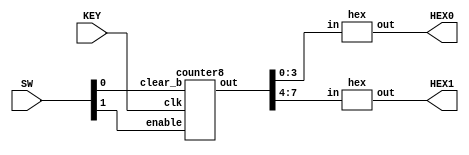
module counter(SW, KEY, HEX0, HEX1);
	input [1:0] SW;
	input [0:0] KEY;
	output [6:0] HEX0, HEX1;
	
	wire [3:0] h0, h1;
	
	counter8 c(SW[1], KEY[0], SW[0], {h1, h0});
	
	hex hex0(h0, HEX0);
	hex hex1(h1, HEX1);

endmodule

module counter8(enable, clk, clear_b, out);
	input enable, clk, clear_b;
	output [7:0] out;
	
	wire w0, w1, w2, w3, w4, w5, w6;
	assign w0 = enable & out[0];
	assign w1 = w0 & out[1];
	assign w2 = w1 & out[2];
	assign w3 = w2 & out[3];
	assign w4 = w3 & out[4];
	assign w5 = w4 & out[5];
	assign w6 = w5 & out[6];
	
	t_ff t0(enable, clk, clear_b, out[0]);
	t_ff t1(w0, clk, clear_b, out[1]);
	t_ff t2(w1, clk, clear_b, out[2]);
	t_ff t3(w2, clk, clear_b, out[3]);
	t_ff t4(w3, clk, clear_b, out[4]);
	t_ff t5(w4, clk, clear_b, out[5]);
	t_ff t6(w5, clk, clear_b, out[6]);
	t_ff t7(w6, clk, clear_b, out[7]);
	

endmodule

module t_ff(in, clk, clear_b, out);
	input clk, clear_b, in;
	output reg out;
	always @(posedge clk, negedge clear_b)
	begin
		if (clear_b == 1'b0)
			out <= 1'b0;
		else if (in == 1'b1)
			out <= ~out;
	end
endmodule






// HEX

module hex(in,out);
	input [3:0] in;
	output [6:0] out;
	
	zero m1(
		.a(in[0]),
		.b(in[1]),
		.c(in[2]),
		.d(in[3]),
		.m(out[0])
		);
	one m2(
		.a(in[0]),
		.b(in[1]),
		.c(in[2]),
		.d(in[3]),
		.m(out[1])
		);
	two m3(
		.a(in[0]),
		.b(in[1]),
		.c(in[2]),
		.d(in[3]),
		.m(out[2])
		);
	three m4(
		.a(in[0]),
		.b(in[1]),
		.c(in[2]),
		.d(in[3]),
		.m(out[3])
		);
   four m5(
		.a(in[0]),
		.b(in[1]),
		.c(in[2]),
		.d(in[3]),
		.m(out[4])
		);
	five m6(
		.a(in[0]),
		.b(in[1]),
		.c(in[2]),
		.d(in[3]),
		.m(out[5])
		);
	six m7(
		.a(in[0]),
		.b(in[1]),
		.c(in[2]),
		.d(in[3]),
		.m(out[6])
		);
endmodule

module zero(a,b,c,d,m);
	input a;
	input b;
	input c;
	input d;
	output m;
	
	assign m = ~((b & c) | (~a & d) | (~a & ~c) | (~b & ~c & d) | (a & c & ~d) | (b & ~c & ~d));
endmodule

module one(a,b,c,d,m);
	input a;
	input b;
	input c;
	input d;
	output m;
	
	assign m = ~((~c & ~a) | (~c & ~d) | (d & a & ~b) | (~d & a & b) | (~d & ~a & ~b));
endmodule

module two(a,b,c,d,m);
	input a;
	input b;
	input c;
	input d;
	output m;
	
	assign m = ~((c & ~d) | (~c & d) | (a & ~c) | (a & ~b) | (~d & ~a & ~b));
endmodule

module three(a,b,c,d,m);
	input a;
	input b;
	input c;
	input d;
	output m;
	
	assign m = ~((c & a & ~b) | (c & ~a & b) | (d & ~a & ~b) | (~c & ~a & ~b) | (~c & a & b) | (b & ~c & ~d));
endmodule

module four(a,b,c,d,m);
	input a;
	input b;
	input c;
	input d;
	output m;

   assign m = ~((b & d) | (~a & d) | (~c & ~a) | (c & d & ~b) | (~d & ~a & b));
endmodule

module five(a,b,c,d,m);
	input a;
	input b;
	input c;
	input d;
	output m;
	
	assign m = ~((b & d) | (~a & d) | (~a & c) | (~a & ~b) | (~b & c & ~d) | (~b & ~c & d));
endmodule

module six(a,b,c,d,m);
	input a;
	input b;
	input c;
	input d;
	output m;
	
	assign m = ~((d & a) | (d & b) | (~c & b) | (~a & c & ~d) | (~b & c & ~d) | (~b & ~c & d));
endmodule